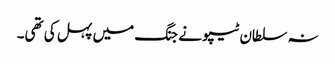
نہ سلطان ٹیپو نے جنگ میں پہل کی تھی۔